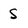
Character: S